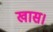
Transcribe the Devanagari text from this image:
खास।